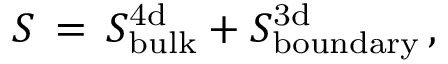
S \, = \, S _ { \mathrm { b u l k } } ^ { \mathrm { 4 d } } + S _ { \mathrm { b o u n d a r y } } ^ { \mathrm { 3 d } } \, ,